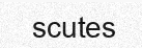
scutes